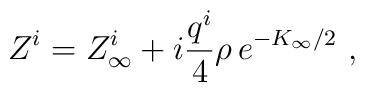
Z^i  = Z^i_{\infty} + i {q^i \over 4} \rho \, e^{-K_\infty/2} \ ,